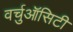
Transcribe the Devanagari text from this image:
वर्चुऑसिटी